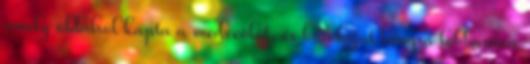
amely oldalról kapta a medveölőt, és bundáját lángra lobbantva